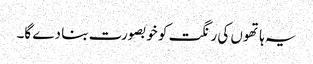
یہ ہاتھوں کی رنگت کو خوبصورت بنا دے گا۔